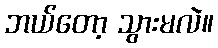
ဘယ်တော့ သွားမလဲ။